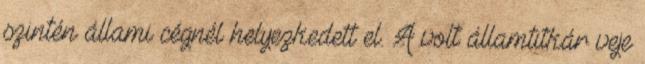
szintén állami cégnél helyezkedett el. A volt államtitkár veje